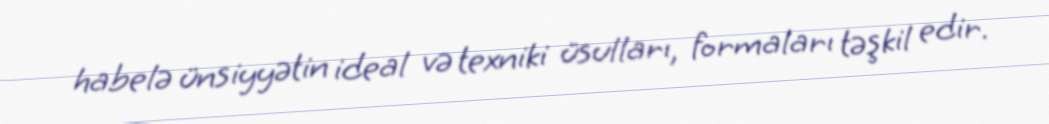
habelə ünsiyyətin ideal və texniki üsulları, formaları təşkil edir.